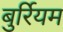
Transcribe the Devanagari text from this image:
बुर्रियम